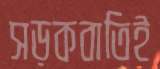
সড়কবাতিই